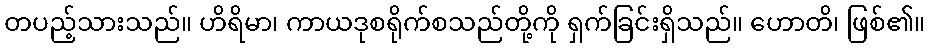
တပည့်သားသည်။ ဟိရိမာ၊ ကာယဒုစရိုက်စသည်တို့ကို ရှက်ခြင်းရှိသည်။ ဟောတိ၊ ဖြစ်၏။